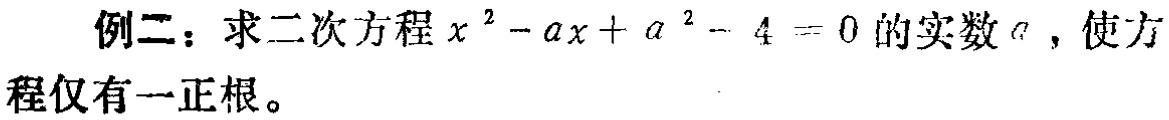
例二：求二次方程\(x^{2}-ax + a^{2}-4 = 0\)的实数\(a\)，使方程仅有一正根。